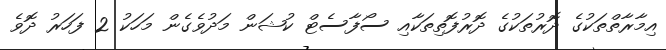
އިމާރާތްތަކުގެ ދޮރުތަކުގެ ދޮރުފޮތިތަކާއި ސޯފާސެޓް ކުޝަން މަދުވެގެން މަހަކު 2 ފަހަރު ދޮވެ